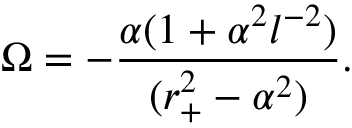
\Omega = - { \frac { \alpha ( 1 + \alpha ^ { 2 } l ^ { - 2 } ) } { ( r _ { + } ^ { 2 } - \alpha ^ { 2 } ) } } .